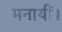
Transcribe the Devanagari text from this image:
मनायीं।